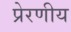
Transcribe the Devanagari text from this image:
प्रेरणीय